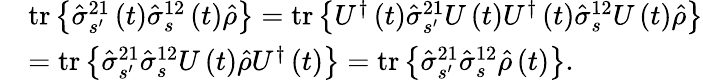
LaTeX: \begin{array}{rl}&{\mathrm{tr}\left\{ \hat{\sigma}_{s^{\prime}}^{21}\left(t\right)\hat{\sigma}_{s}^{12}\left(t\right)\hat{\rho}\right\} =\mathrm{tr}\left\{ U^{\dagger}\left(t\right)\hat{\sigma}_{s^{\prime}}^{21}U\left(t\right)U^{\dagger}\left(t\right)\hat{\sigma}_{s}^{12}U\left(t\right)\hat{\rho}\right\} }\\ &{=\mathrm{tr}\left\{ \hat{\sigma}_{s^{\prime}}^{21}\hat{\sigma}_{s}^{12}U\left(t\right)\hat{\rho}U^{\dagger}\left(t\right)\right\} =\mathrm{tr}\left\{ \hat{\sigma}_{s^{\prime}}^{21}\hat{\sigma}_{s}^{12}\hat{\rho}\left(t\right)\right\} .}\end{array}